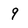
Character: 9